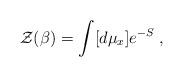
LaTeX: \begin{align*}{\cal Z}(\beta) = \int [d\mu_{x}] e^{-S}\;,\end{align*}